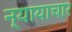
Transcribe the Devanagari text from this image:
न्यायाचार